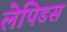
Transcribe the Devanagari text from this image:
लेपिडस